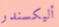
أليكسندر